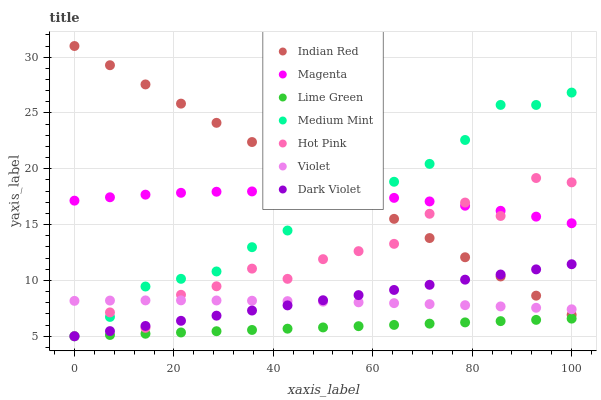
| xaxis_label | Indian Red | Magenta | Lime Green | Medium Mint | Hot Pink | Violet | Dark Violet |
 | --- | --- | --- | --- | --- | --- | --- | --- |
 | 0 | 31 | 17.1 | 5 | 5 | 5 | 8.17 | 5 |
 | 7.14 | 29.3 | 17.4 | 5.11 | 6.73 | 7.14 | 8.2 | 5.46 |
 | 14.3 | 27.6 | 17.7 | 5.23 | 9.45 | 5.76 | 8.21 | 5.92 |
 | 21.4 | 25.8 | 17.8 | 5.34 | 10.1 | 8.71 | 8.22 | 6.38 |
 | 28.6 | 24.1 | 17.9 | 5.45 | 10.8 | 9.48 | 8.2 | 6.84 |
 | 35.7 | 22.4 | 18 | 5.56 | 13 | 11.1 | 8.18 | 7.3 |
 | 42.9 | 20.7 | 17.9 | 5.68 | 14.5 | 10.1 | 8.15 | 7.77 |
 | 50 | 19 | 17.8 | 5.79 | 17.3 | 11.9 | 8.1 | 8.23 |
 | 57.1 | 17.2 | 17.6 | 5.9 | 19 | 12.6 | 8.04 | 8.69 |
 | 64.3 | 15.5 | 17.4 | 6.02 | 18.8 | 13.3 | 7.97 | 9.15 |
 | 71.4 | 13.8 | 17.1 | 6.13 | 20.4 | 16 | 7.88 | 9.61 |
 | 78.6 | 12.1 | 16.7 | 6.24 | 22.6 | 17 | 7.78 | 10.1 |
 | 85.7 | 10.4 | 16.2 | 6.35 | 25.7 | 15.8 | 7.67 | 10.5 |
 | 92.9 | 8.64 | 15.7 | 6.47 | 25.7 | 19.2 | 7.55 | 11 |
 | 100 | 6.92 | 15.1 | 6.58 | 26.8 | 18.8 | 7.41 | 11.5 |